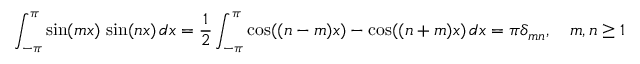
\int _ { - \pi } ^ { \pi } \sin ( m x ) \, \sin ( n x ) \, d x = { \frac { 1 } { 2 } } \int _ { - \pi } ^ { \pi } \cos ( ( n - m ) x ) - \cos ( ( n + m ) x ) \, d x = \pi \delta _ { m n } , \quad m , n \geq 1